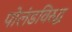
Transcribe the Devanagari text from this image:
पोलंडविरुद्ध